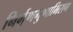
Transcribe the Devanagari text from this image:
निर्गुणगुणाभिराग